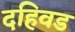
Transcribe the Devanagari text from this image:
दहिवड